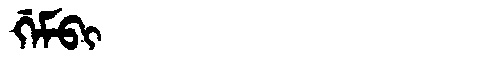
Manchu: ᡤᡝᠮᠪᡳ
Romanization: GEMBI